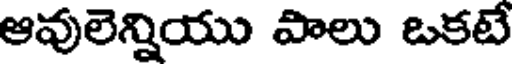
ఆవులెన్నియు పాలు ఒకటే